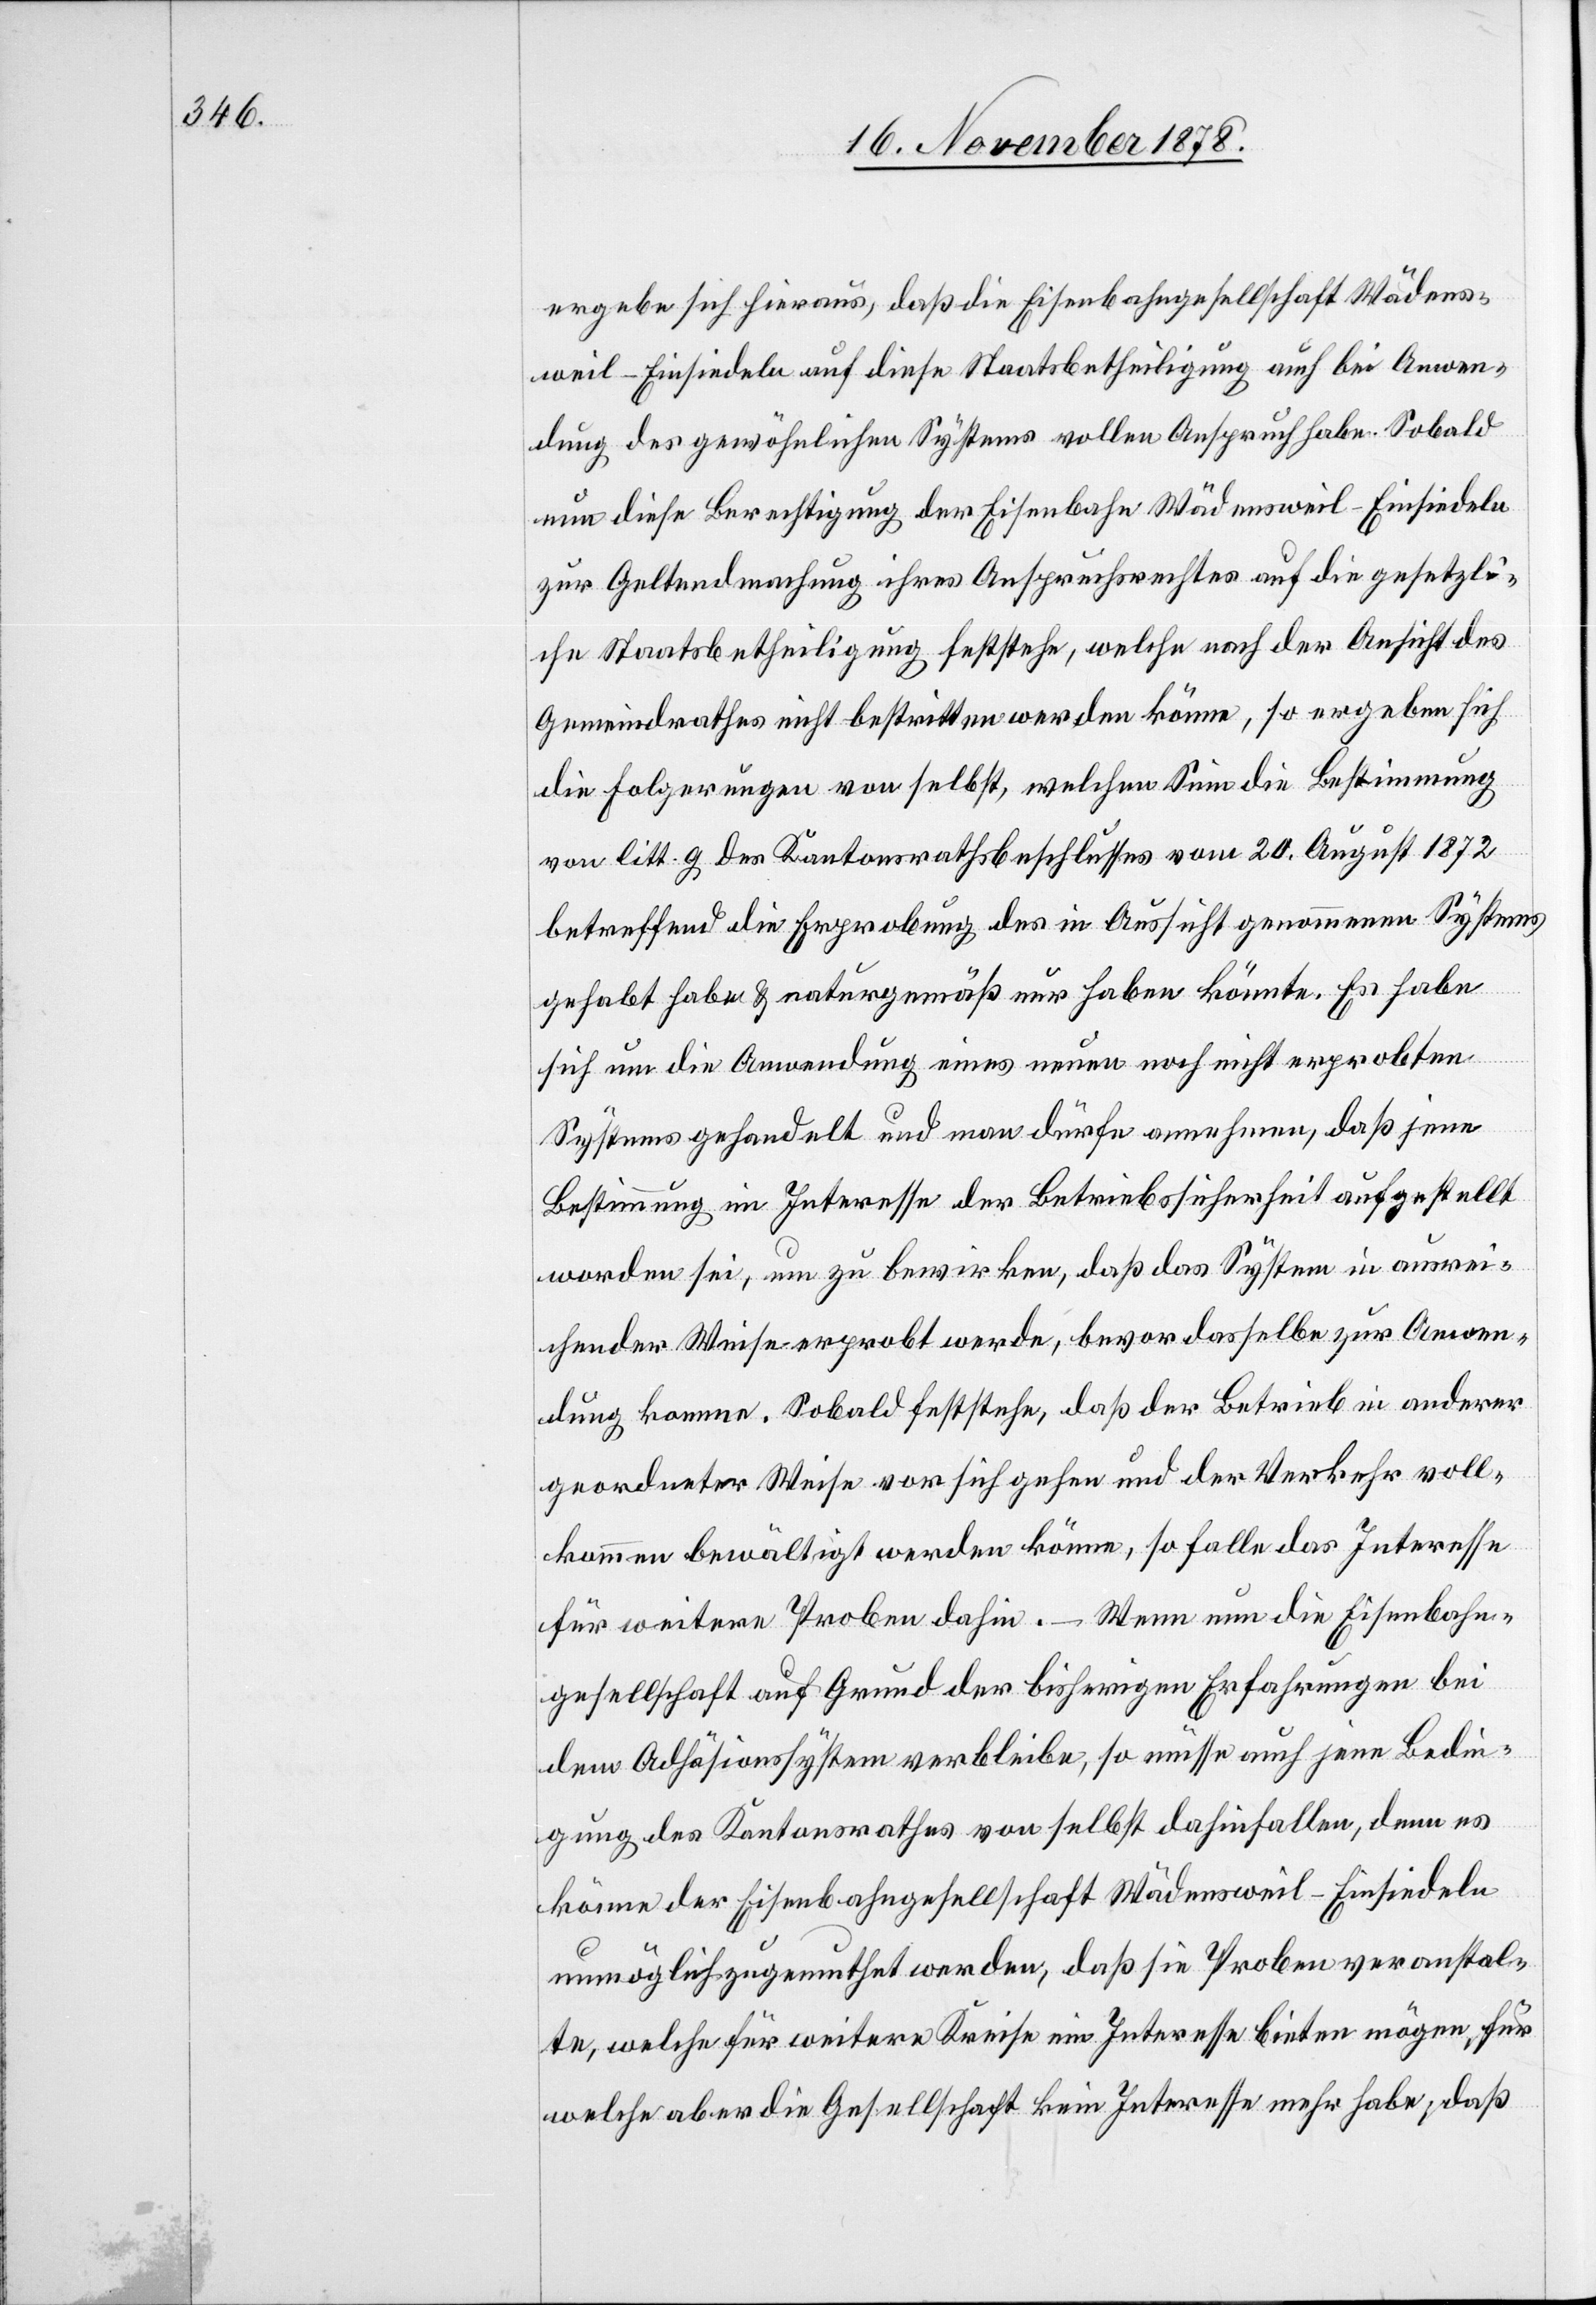
ergebe sich hieraus, daß die Eisenbahngesellschaft Wädens¬
weil–Einsiedeln auf diese Staatsbetheiligung auch bei Anwen¬
dung des gewöhnlichen Systems vollen Anspruch habe. Sobald
nun diese Berechtigung der Eisenbahn Wädensweil–Einsiedeln
zur Geltendmachung ihres Anspruchsrechtes auf die gesetzli¬
che Staatsbetheiligung feststehe, welche nach der Ansicht des
Gemeindrathes nicht bestritten werden könne, so ergeben sich
die Folgerungen von selbst, welchem Sinn die Bestimmung
von litt. g des Kantonsrathsbeschlusses vom 20. August 1872
betreffend die Erprobung des in Aussicht genommenen Systems
gehabt habe & naturgemäß nur haben könnte. Es habe
sich um die Anwendung eines neuen noch nicht erprobten
Systems gehandelt und man dürfe annehmen, daß jene
Bestimmung im Interesse der Betriebssicherheit aufgestellt
worden sei, um zu bewirken, daß das System in ausrei¬
chender Weise erprobt werde, bevor dasselbe zur Anwen¬
dung komme. Sobald feststehe, daß der Betrieb in anderer
geordneter Weise vor sich gehen und der Verkehr voll¬
kommen bewältigt werden könne, so falle das Interesse
für weitere Proben dahin. – Wenn nun die Eisenbahn¬
gesellschaft auf Grund der bisherigen Erfahrungen bei
dem Adhäsionssystem verbleibe, so müsse auch jene Bedin¬
gung des Kantonsrathes von selbst dahinfallen, denn es
könne der Eisenbahngesellschaft Wädensweil–Einsiedeln
unmöglich zugemuthet werden, daß sie Proben veranstal¬
te, welche für weitere Kreise ein Interesse bieten mögen, für
welche aber die Gesellschaft kein Interesse mehr habe; daß